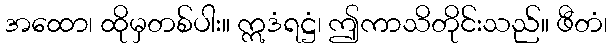
အထော၊ ထိုမှတစ်ပါး။ ဣဒံရဋ္ဌံ၊ ဤကာသိတိုင်းသည်။ ဖီတံ၊